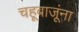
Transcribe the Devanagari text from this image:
चहूबाजूंना